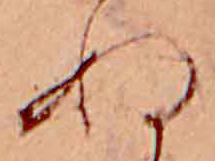
ぬ